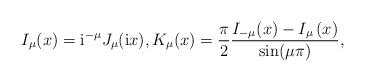
LaTeX: \begin{align*}&I_{\mu}(x)={\rm i}^{-\mu}J_{\mu}({\rm i} x), K_{\mu}(x)=\frac{\pi}{2}\frac{I_{-\mu}(x)-I_{\mu}\left(x\right)}{\sin(\mu\pi)},\end{align*}